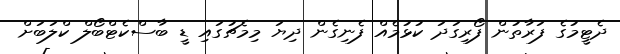
ދެޓީމުގެ ފަރާތުން ފޯރިގަދަ ކުޅުމެއް ފެނިގެން ދިޔަ މިމެޗުގައި ޑީ ބާސްކެޓްބޯލް ކްލަބަށް